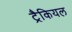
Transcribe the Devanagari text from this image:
ट्रैकियल